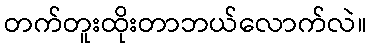
တက်တူးထိုးတာဘယ်လောက်လဲ။